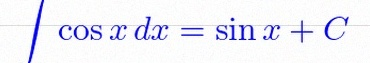
\int \cos x\,dx=\sin x+C